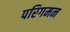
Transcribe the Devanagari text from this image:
परिगमन